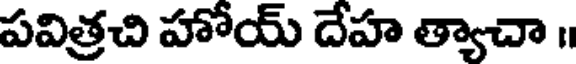
పవిత్రచి హోయ్ దేహ త్యాచా ॥